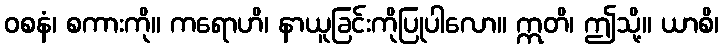
ဝစနံ၊ စကားကို။ ကရောဟိ၊ နာယူခြင်းကိုပြုပါလော။ ဣတိ၊ ဤသို့။ ယာစိ၊